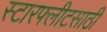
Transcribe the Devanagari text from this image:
स्टारफ्लीटसाठी